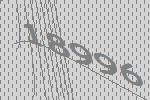
18996